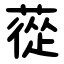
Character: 蓯